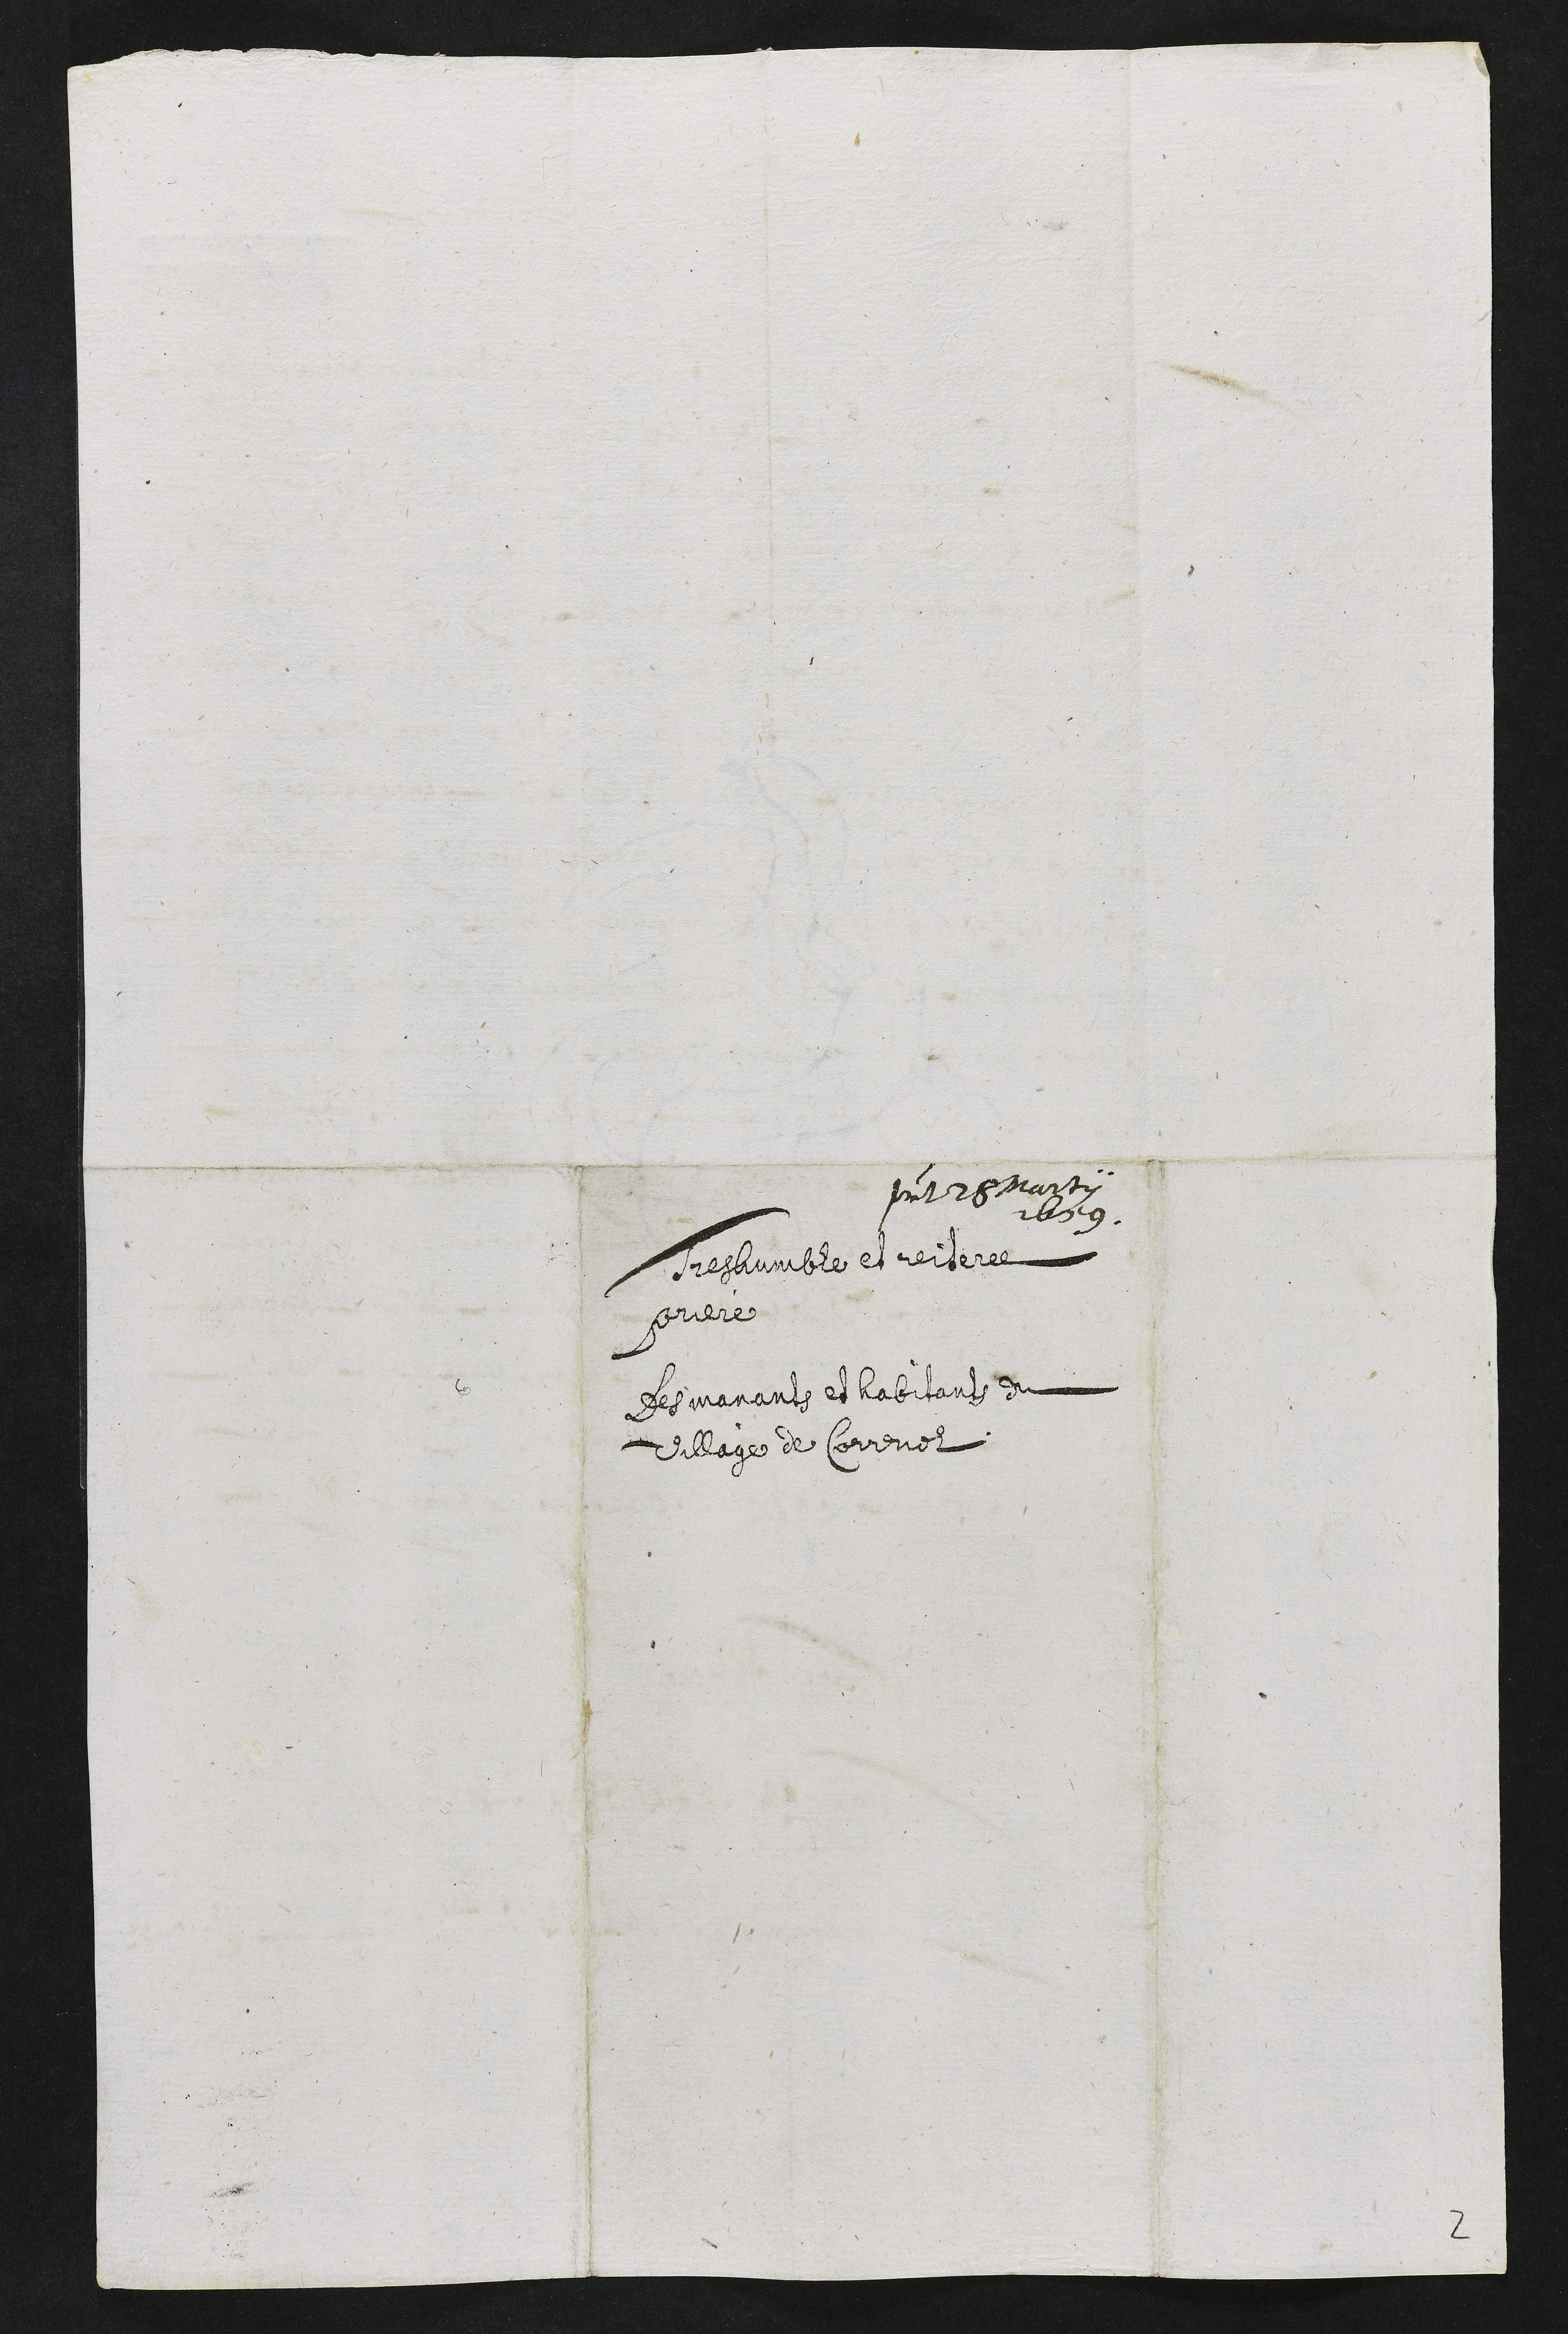
par 28 marti Marte
1659.
Treshumble et reiterée
prieres
Les manants et habitants du
village de Correnol
2